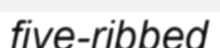
five-ribbed